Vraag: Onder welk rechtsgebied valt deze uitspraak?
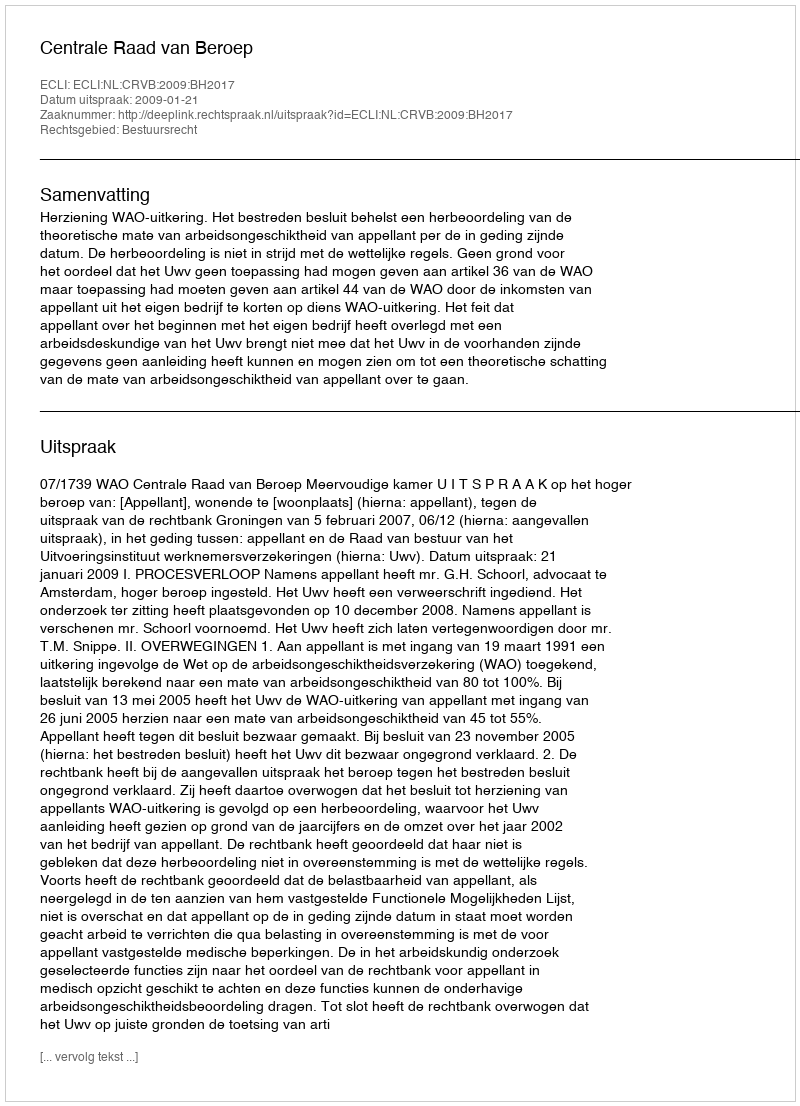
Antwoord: Bestuursrecht